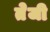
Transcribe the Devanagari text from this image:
तेेजी